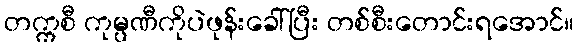
တက္ကစီ ကုမ္ပဏီကိုပဲဖုန်းခေါ်ပြီး တစ်စီးတောင်းရအောင်။